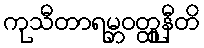
ကုသီတာရမ္ဘဝတ္ထူနီတိ